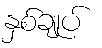
နှစ်ချုပ်